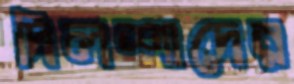
দিলশাদের